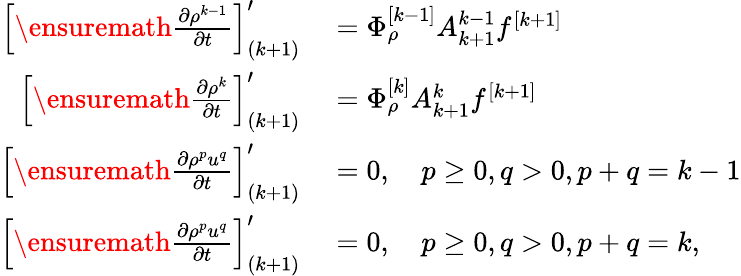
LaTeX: \begin{array}{rl}{\left[\ensuremath{\frac{\partial\rho^{k-1}}{\partial t}}\right]_{(k+1)}^{\prime}}&{{}=\Phi_{\rho}^{[k-1]}A_{k+1}^{k-1}f^{[k+1]}}\\ {\left[\ensuremath{\frac{\partial\rho^{k}}{\partial t}}\right]_{(k+1)}^{\prime}}&{{}=\Phi_{\rho}^{[k]}A_{k+1}^{k}f^{[k+1]}}\\ {\left[\ensuremath{\frac{\partial\rho^{p}u^{q}}{\partial t}}\right]_{(k+1)}^{\prime}}&{{}=0,\quad p\geq 0,q>0,p+q=k-1}\\ {\left[\ensuremath{\frac{\partial\rho^{p}u^{q}}{\partial t}}\right]_{(k+1)}^{\prime}}&{{}=0,\quad p\geq 0,q>0,p+q=k,}\end{array}